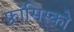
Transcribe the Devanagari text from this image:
फ्रांसिस्‍को